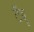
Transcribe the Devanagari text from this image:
टॅबू